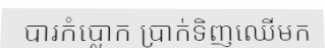
បារកំប្លោក ប្រាក់ទិញឈើមក